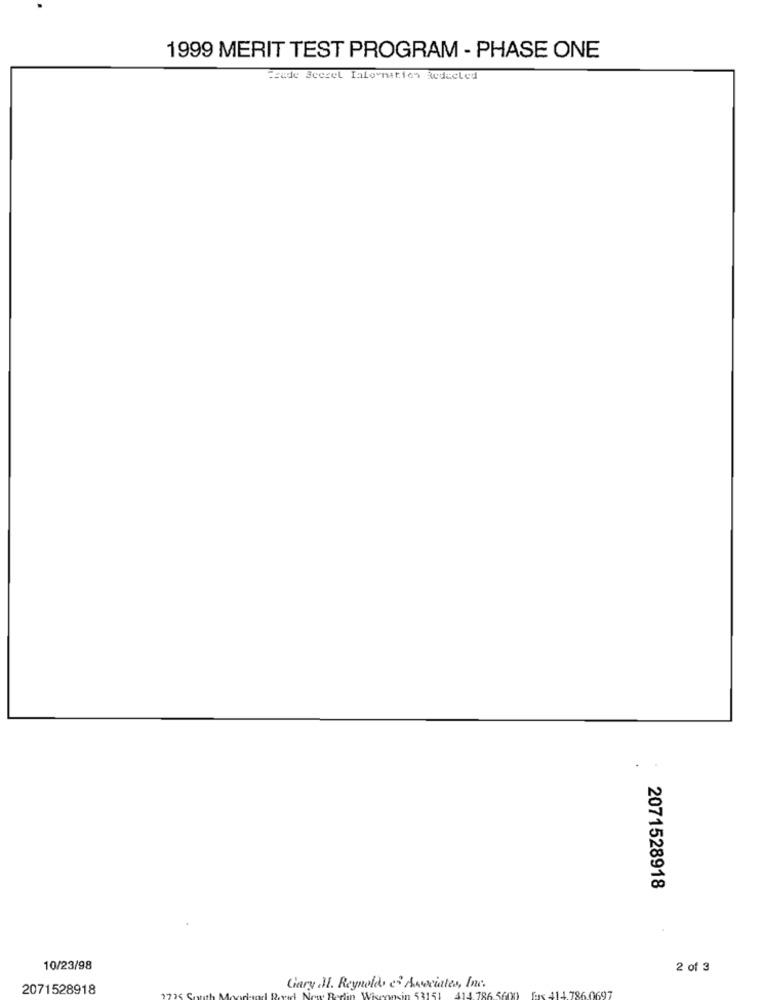
1999 MERIT TEST PROGRAM - PHASE ONE
Csude Scerel Ialovnition Reducled
2071528918
10/23/98
2 of 3
2071528918
Gary J. Reynolds es Associates, Inc.
41.4 786
5600 fars 414.786. 0697
53151